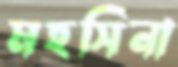
মহসিনা